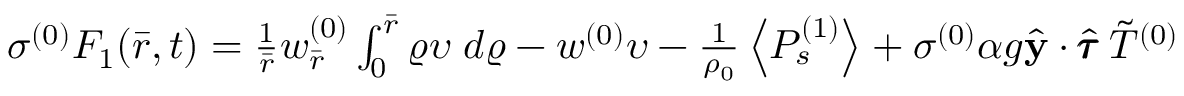
\begin{array} { r } { \sigma ^ { ( 0 ) } F _ { 1 } ( \bar { r } , t ) = \frac { 1 } { \bar { r } } w _ { \bar { r } } ^ { ( 0 ) } \int _ { 0 } ^ { \bar { r } } \varrho \upsilon \; d \varrho - w ^ { ( 0 ) } \upsilon - \frac { 1 } { \rho _ { 0 } } \left< P _ { s } ^ { ( 1 ) } \right> + \sigma ^ { ( 0 ) } \alpha g \hat { \mathbf { y } } \cdot \hat { \pmb { \tau } } \: \Tilde { T } ^ { ( 0 ) } } \end{array}